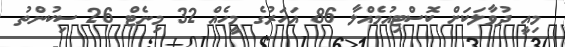
މިއީ ދުވާލަކަށް ކޮސްޓިއުމެއްލާ 86 އަހަރުގެ މީހެއް 32 މިނެޓް 26 ސިކުންތު